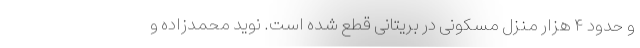
و حدود ۴ هزار منزل مسکونی در بریتانی قطع شده است. نوید محمدزاده و